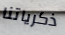
ذكرياتنا